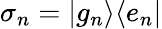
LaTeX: \sigma_{n}=\vert g_{n}\rangle\langle e_{n}\vert